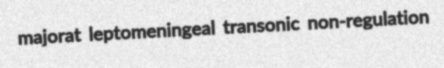
majorat leptomeningeal transonic non-regulation